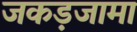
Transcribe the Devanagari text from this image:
जकड़जामा